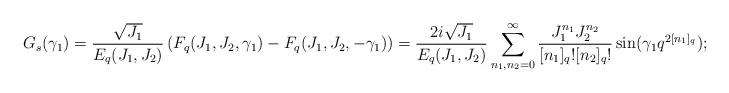
LaTeX: \begin{align*} G_s(\gamma_1) = \frac{\sqrt{J_1}}{E_q(J_1,J_2)}\left( F_q(J_1,J_2,\gamma_1)- F_q(J_1,J_2,-\gamma_1) \right) = \frac{2i\sqrt{J_1}}{E_q(J_1,J_2)}\sum_{n_1,n_2 =0 }^\infty \frac{J_1^{n_1}J_2^{n_2}}{[n_1]_q![n_2]_q!}\sin(\gamma_1q^{2[n_1]_q}); \end{align*}